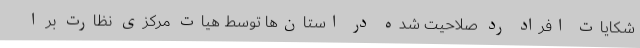
شکایات افراد رد صلاحیت شده در استان‌ها توسط هیات مرکزی نظارت بر ا